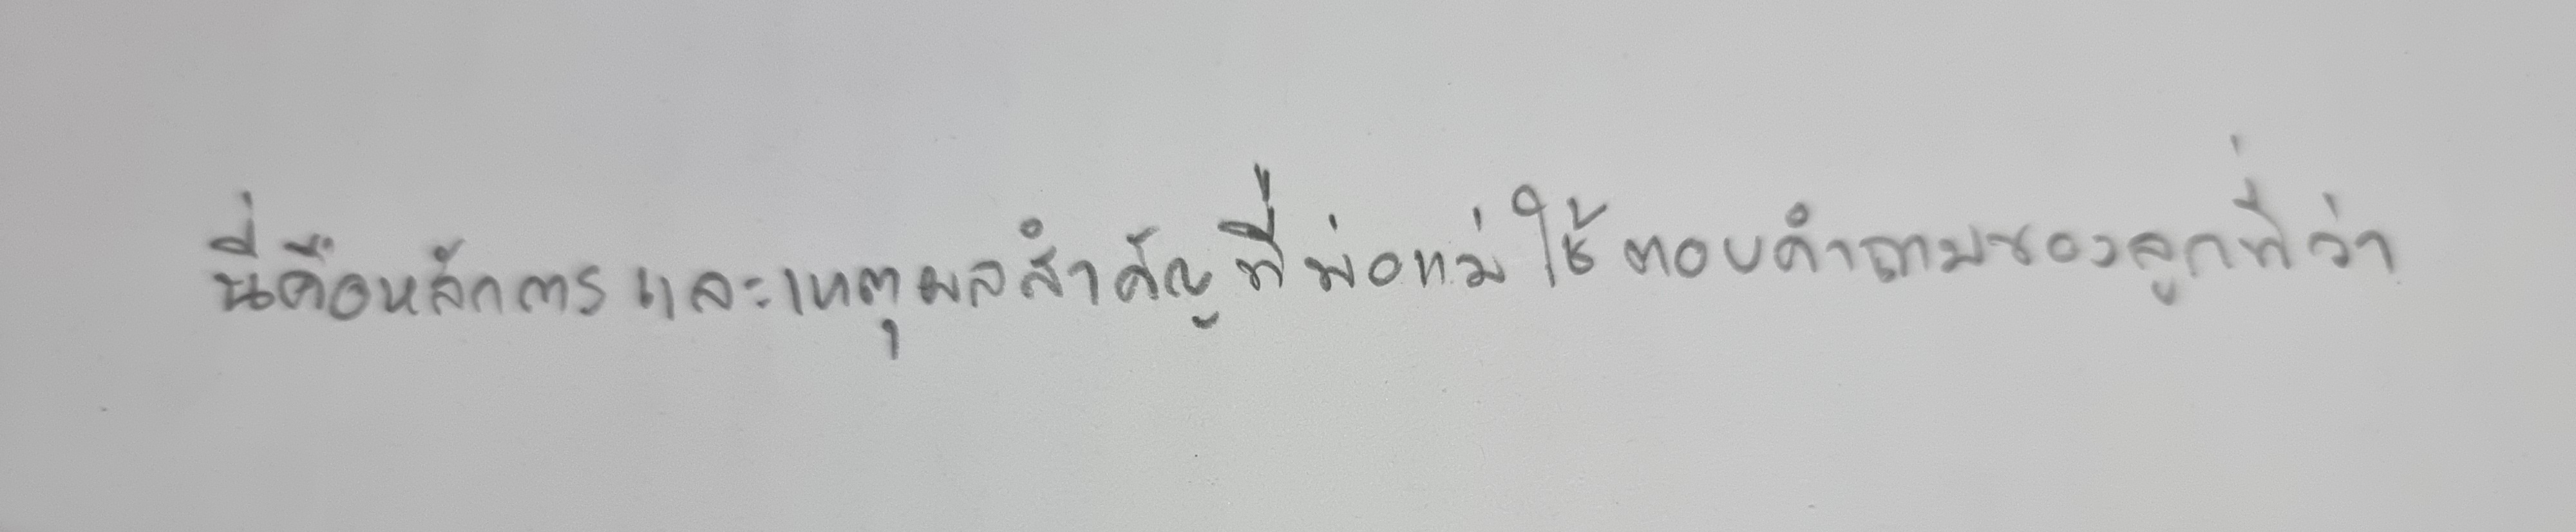
นี่คือหลักการและเหตุผลสำคัญที่พ่อแม่ใช้ตอบคำถามของลูกที่ว่า